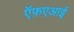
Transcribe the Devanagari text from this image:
ऍफ़एआई